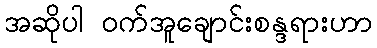
အဆိုပါ ဝက်အူချောင်းစန္ဒရားဟာ